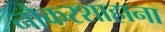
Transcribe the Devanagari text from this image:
नौकरशाहाना